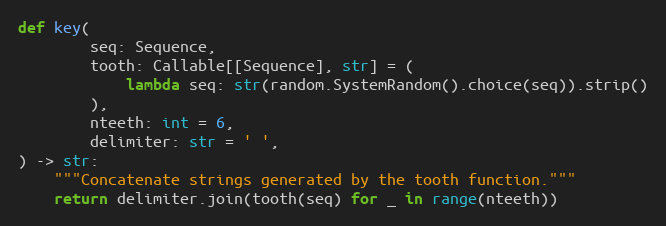
Language: Python
def key(
        seq: Sequence,
        tooth: Callable[[Sequence], str] = (
            lambda seq: str(random.SystemRandom().choice(seq)).strip()
        ),
        nteeth: int = 6,
        delimiter: str = ' ',
) -> str:
    """Concatenate strings generated by the tooth function."""
    return delimiter.join(tooth(seq) for _ in range(nteeth))